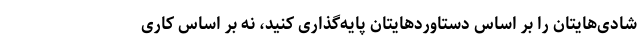
شادی‌هایتان را بر اساس دستاوردهایتان پایه‌گذاری کنید، نه بر اساس کاری